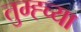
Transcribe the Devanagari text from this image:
तुम्ह्च्या